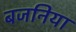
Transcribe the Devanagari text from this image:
बजनिया